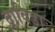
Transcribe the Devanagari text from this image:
द्राविडाः